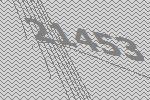
21453